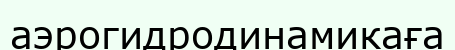
аэрогидродинамикаға